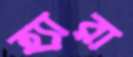
হ্যারা